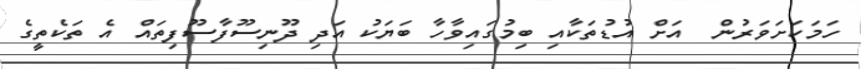
ހަމަކަށަވަރުން  އަށް އުޑުތަކާއި ބިމުގައިވާހާ ބަޔަކު އަދި ދޫނިސޫފާސޫފިތައް އެ ތަކެތީގެ